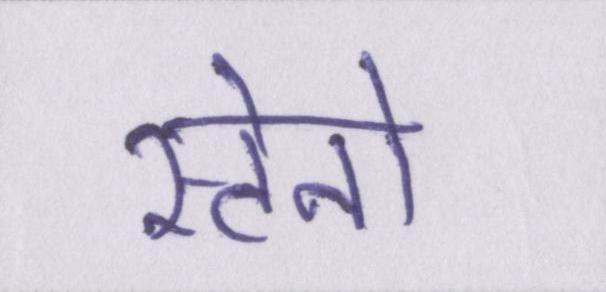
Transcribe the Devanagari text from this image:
स्टेनो